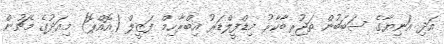
އަދި އަނިޔާގެ ސަބަބުން ތަޖުރިބާކާރު މިޑްފީލްޑަރު އިބްރާހިމް ފަޒީލް (އޮއްޕޮ) މިއަދުގެ މެޗުން